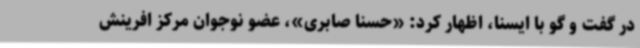
در گفت و گو با ایسنا، اظهار کرد: «حسنا صابری»، عضو نوجوان مرکز افرینش